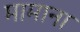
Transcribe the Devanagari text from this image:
मामाना